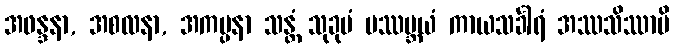
အဖန္ဒနာ, အစလနာ, အကမ္ပနာ သန္တံ သုခုမံ ပဿမ္ဘယံ ကာယသင်္ခါရံ အဿသိဿာမိ